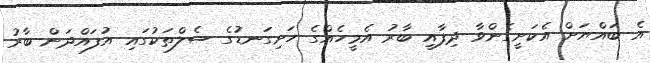
އެ ބައްޔަށް އެކަށީގެންވާ ދިފާއީ ބާރު އެމީހެއްގެ ހަށިގަނޑުގެ ސެލްތަކުގައި އުފައްދަން ބާރު